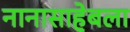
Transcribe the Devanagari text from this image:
नानासाहेबला